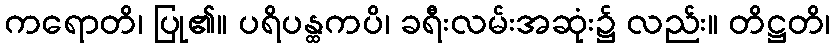
ကရောတိ၊ ပြု၏။ ပရိပန္ထကပိ၊ ခရီးလမ်းအဆုံး၌ လည်း။ တိဋ္ဌတိ၊